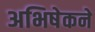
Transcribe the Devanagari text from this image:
अभिषेकने